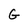
Character: G